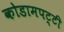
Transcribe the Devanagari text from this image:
कोडामपट्टी